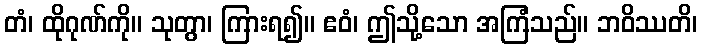
တံ၊ ထိုဂုဏ်ကို။ သုတွာ၊ ကြားရ၍။ ဧဝံ၊ ဤသို့သော အကြံသည်။ ဘဝိဿတိ၊